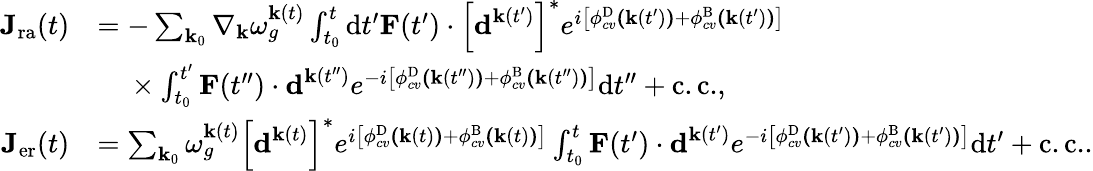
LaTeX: \begin{array}{rl}{\textbf{J}_{\mathrm{ra}}(t)}&{=-\sum_{\textbf{k}_{0}}\nabla_{\textbf{k}}\omega_{g}^{\textbf{k}(t)}\int_{t_{0}}^{t}\mathrm{d}t^{\prime}\textbf{F}(t^{\prime})\cdot\left[\textbf{d}^{\textbf{k}(t^{\prime})}\right]^{*}e^{i\left[\phi_{cv}^{\mathrm{D}}\textbf{(}\textbf{k}(t^{\prime})\textbf{)}+\phi_{cv}^{\mathrm{B}}\textbf{(}\textbf{k}(t^{\prime})\textbf{)}\right]}}\\ &{\ \ \ \ \times\int_{t_{0}}^{t^{\prime}}\textbf{F}(t^{\prime\prime})\cdot\textbf{d}^{\textbf{k}(t^{\prime\prime})}e^{-i\left[\phi_{cv}^{\mathrm{D}}\textbf{(}\textbf{k}(t^{\prime\prime})\textbf{)}+\phi_{cv}^{\mathrm{B}}\textbf{(}\textbf{k}(t^{\prime\prime})\textbf{)}\right]}\mathrm{d}t^{\prime\prime}+\mathrm{c.c.},}\\ {\textbf{J}_{\mathrm{er}}(t)}&{=\sum_{\textbf{k}_{0}}\omega_{g}^{\textbf{k}(t)}\left[\textbf{d}^{\textbf{k}(t)}\right]^{*}e^{i\left[\phi_{cv}^{\mathrm{D}}\textbf{(}\textbf{k}(t)\textbf{)}+\phi_{cv}^{\mathrm{B}}\textbf{(}\textbf{k}(t)\textbf{)}\right]}\int_{t_{0}}^{t}\textbf{F}(t^{\prime})\cdot\textbf{d}^{\textbf{k}(t^{\prime})}e^{-i\left[\phi_{cv}^{\mathrm{D}}\textbf{(}\textbf{k}(t^{\prime})\textbf{)}+\phi_{cv}^{\mathrm{B}}\textbf{(}\textbf{k}(t^{\prime})\textbf{)}\right]}\mathrm{d}t^{\prime}+\mathrm{c.c.}.}\end{array}